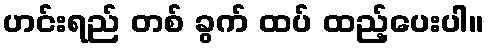
ဟင်းရည် တစ် ခွက် ထပ် ထည့်ပေးပါ။